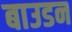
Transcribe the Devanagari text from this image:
बाउडन